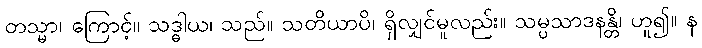
တသ္မာ၊ ကြောင့်။ သဒ္ဓါယ၊ သည်။ သတိယာပိ၊ ရှိလျှင်မူလည်း။ သမ္ပသာဒနန္တိ၊ ဟူ၍။ န